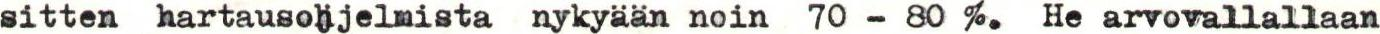
sitten hartausohjelmista nykyään noin 70 - 80 %. He arvovallallaan